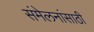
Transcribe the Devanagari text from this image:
संमेलनांसाठी